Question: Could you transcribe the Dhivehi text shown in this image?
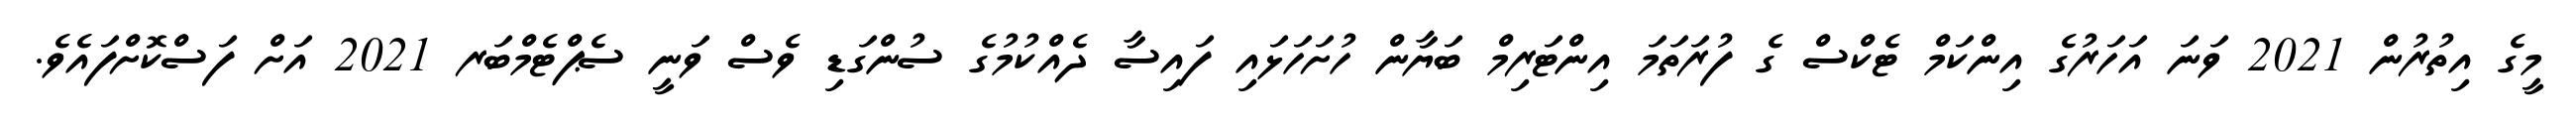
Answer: މީގެ އިތުރުން 2021 ވަނަ އަހަރުގެ އިންކަމް ޓެކްސް ގެ ފުރަތަމަ އިންޓަރިމް ބަޔާން ހުށަހަޅައި ފައިސާ ދެއްކުމުގެ ސުންގަޑި ވެސް ވަނީ ސެޕްޓެމްބަރ 2021 އަށް ފަސްކޮށްފައެވެ.